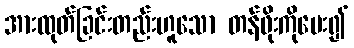
အားထုတ်ခြင်းတည်းဟူသော တန်ဖိုးကိုပေး၍